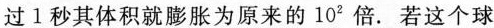
过1秒其体积就膨胀为原来的10^{2}倍。若这个球